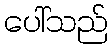
ပေါ်သည်